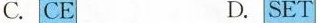
C. CE D. SET